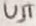
Text: UJT